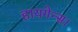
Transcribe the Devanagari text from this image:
हायगेन्स।